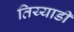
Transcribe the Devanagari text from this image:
तिय्याडी